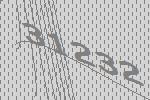
31232